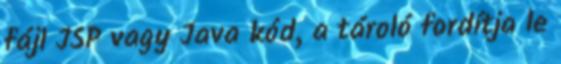
fájl JSP vagy Java kód, a tároló fordítja le